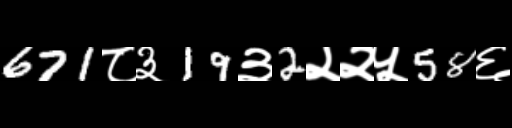
Text: 671८३19३2२२५58६